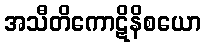
အသီတိကောဋိနိစယော